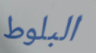
البلوط